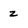
Character: z